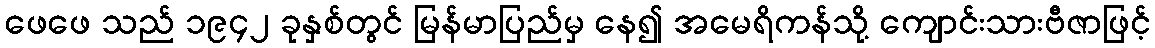
ဖေဖေ သည် ၁၉၄၂ ခုနှစ်တွင် မြန်မာပြည်မှ နေ၍ အမေရိကန်သို့ ကျောင်းသားဗီဇာဖြင့်